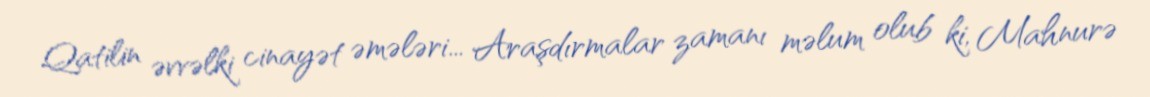
Qatilin əvvəlki cinayət əmələri... Araşdırmalar zamanı məlum olub ki, Mahnurə